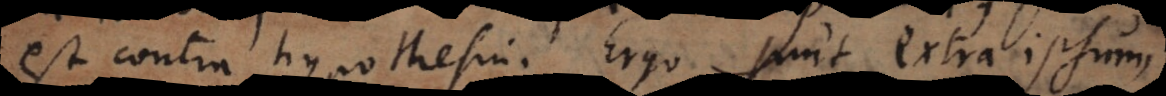
est contra hypothesin. Ergo sunt extra ipsum.